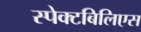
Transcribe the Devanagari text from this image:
स्पेक्टबिलिएस